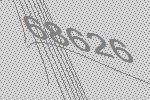
68626